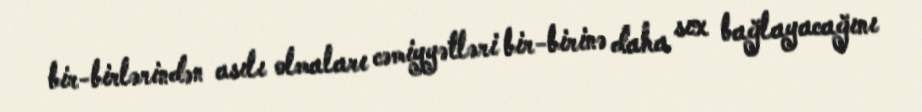
bir-birlərindən asılı olmaları cəmiyyətləri bir-birinə daha sıx bağlayacağını